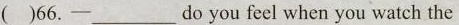
( )66.-___do you feel when you watch the